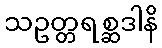
သဥတ္တရစ္ဆဒါနိ